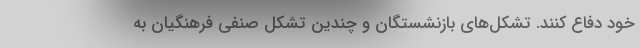
خود دفاع کنند. تشکل‌های بازنشستگان و چندین تشکل صنفی فرهنگیان به